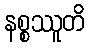
နစ္စဿူတိ